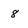
Character: 8